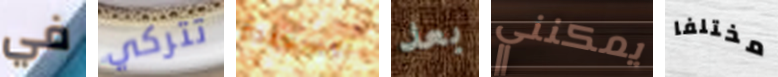
في تتركي السعيدة بعد يمكنني مختلفا